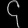
Digit: ၄